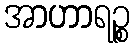
အာဟာရဉ္စ